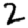
Digit: 2